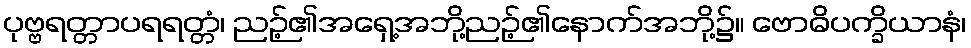
ပုဗ္ဗရတ္တာပရရတ္တံ၊ ညဉ့်၏အရှေ့အဘို့ညဉ့်၏နောက်အဘို့၌။ ဗောဓိပက္ခိယာနံ၊